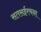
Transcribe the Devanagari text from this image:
सतसईरचना